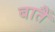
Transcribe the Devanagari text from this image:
बातैं